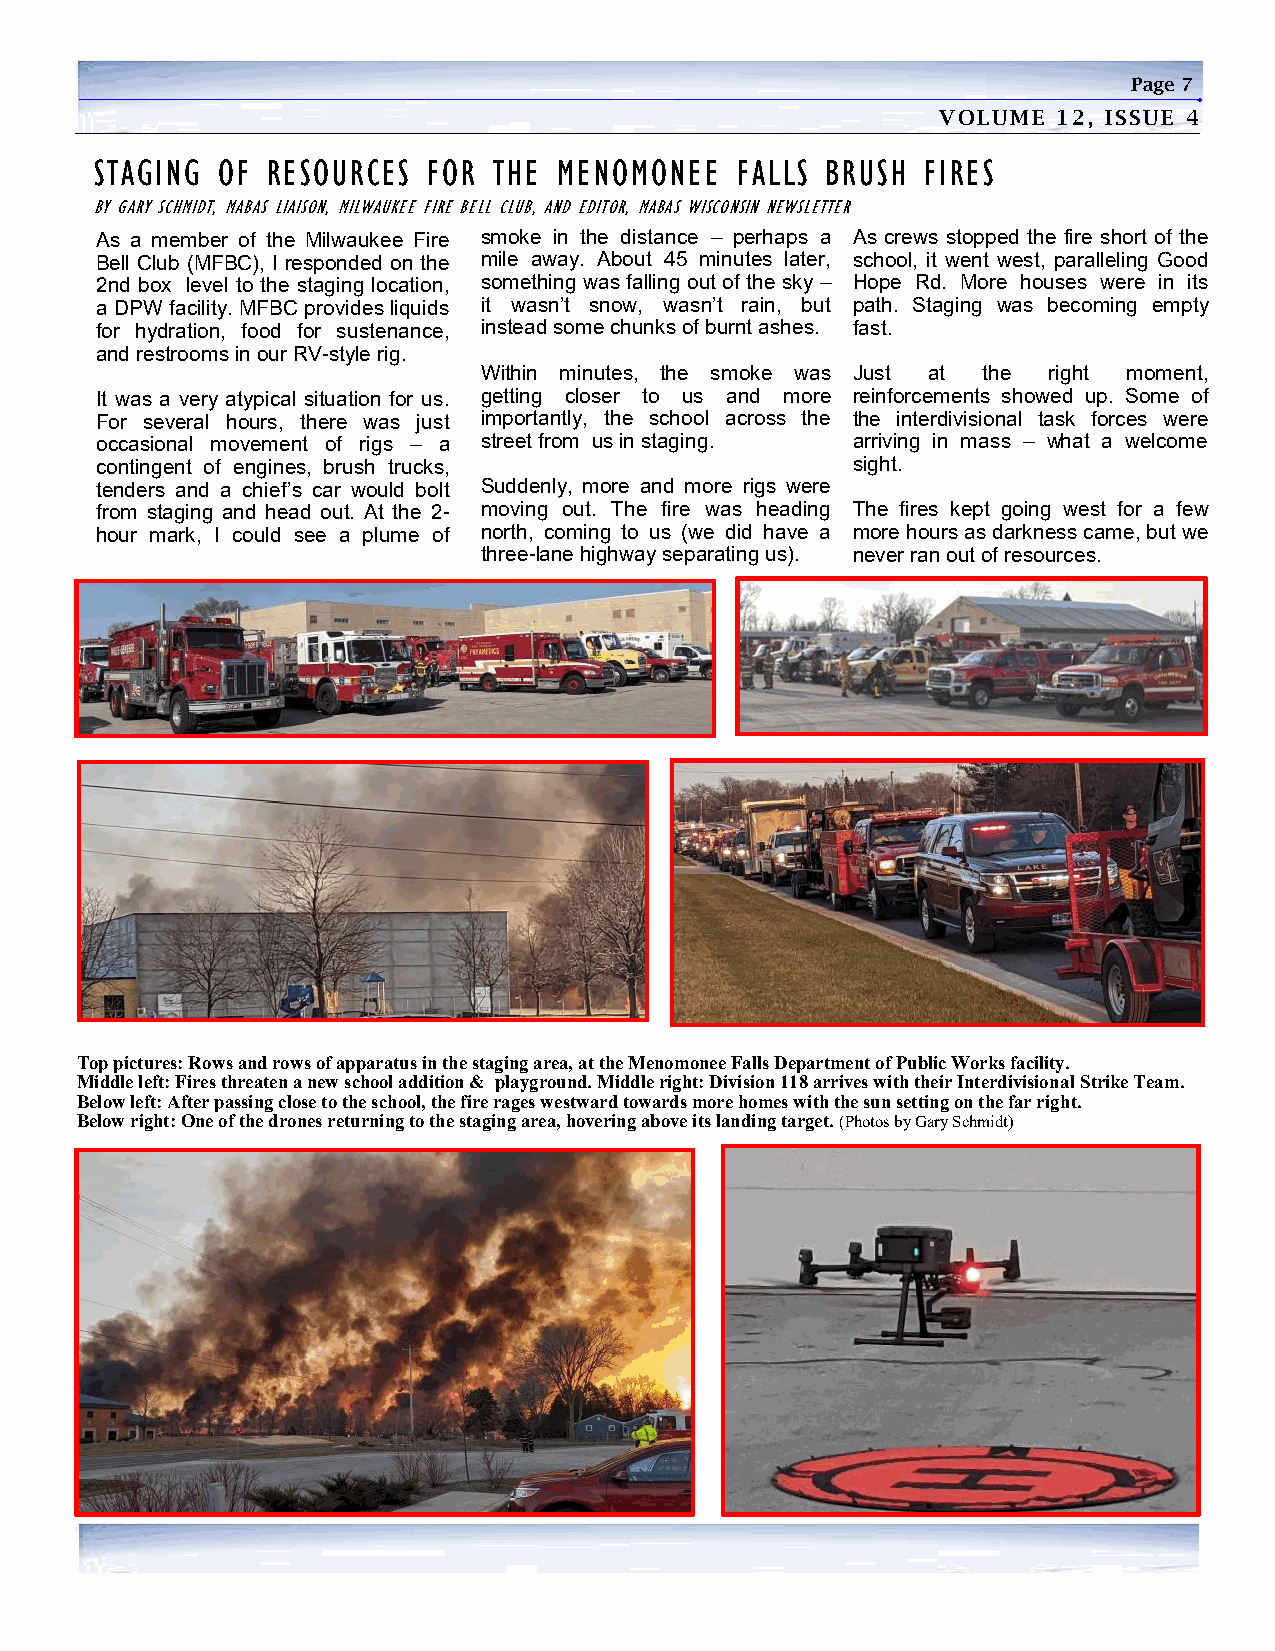
Page 7
 VOLUME  12, ISSUE 4
 STAGING OF  RESOURCES FOR  THE MENOMONEE   FALLS BRUSH FIRES
 BY GARY SCHMIDT, MABAS LIAISON, MILWAUKEE FIRE BELL CLUB, AND EDITOR, MABAS WISCONSIN NEWSLETTER
 As a member of the Milwaukee Fire smoke in the distance – perhaps a As crews stopped the fire short of the
 Bell Club (MFBC), I responded on the mile away. About 45 minutes later, school, it went west, paralleling Good
 2nd box level to the staging location, something was falling out of the sky – Hope Rd. More houses were in its
 a DPW facility. MFBC provides liquids it wasn’t snow, wasn’t rain, but path. Staging was becoming empty
 for hydration, food for sustenance, instead some chunks of burnt ashes. fast.
 and restrooms in our RV-style rig.
 Within minutes, the smoke was Just at the right moment,
 It was a very atypical situation for us. getting closer to us and more reinforcements showed up. Some of
 For several hours, there was just importantly, the school across the the interdivisional task forces were
 occasional movement of rigs – a street from us in staging. arriving in mass – what a welcome
 contingent of engines, brush trucks,              sight.
 tenders and a chief’s car would bolt Suddenly, more and more rigs were
 from staging and head out. At the 2- moving out. The fire was heading The fires kept going west for a few
 hour mark, I could see a plume of north, coming to us (we did have a more hours as darkness came, but we
 three-lane highway separating us). never ran out of resources.
 Top pictures: Rows and rows of apparatus in the staging area, at the Menomonee Falls Department of Public Works facility.
 Middle left: Fires threaten a new school addition & playground. Middle right: Division 118 arrives with their Interdivisional Strike Team.
 Below left: After passing close to the school, the fire rages westward towards more homes with the sun setting on the far right.
 Below right: One of the drones returning to the staging area, hovering above its landing target. (Photos by Gary Schmidt)